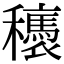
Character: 𥤂